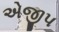
એજીપ